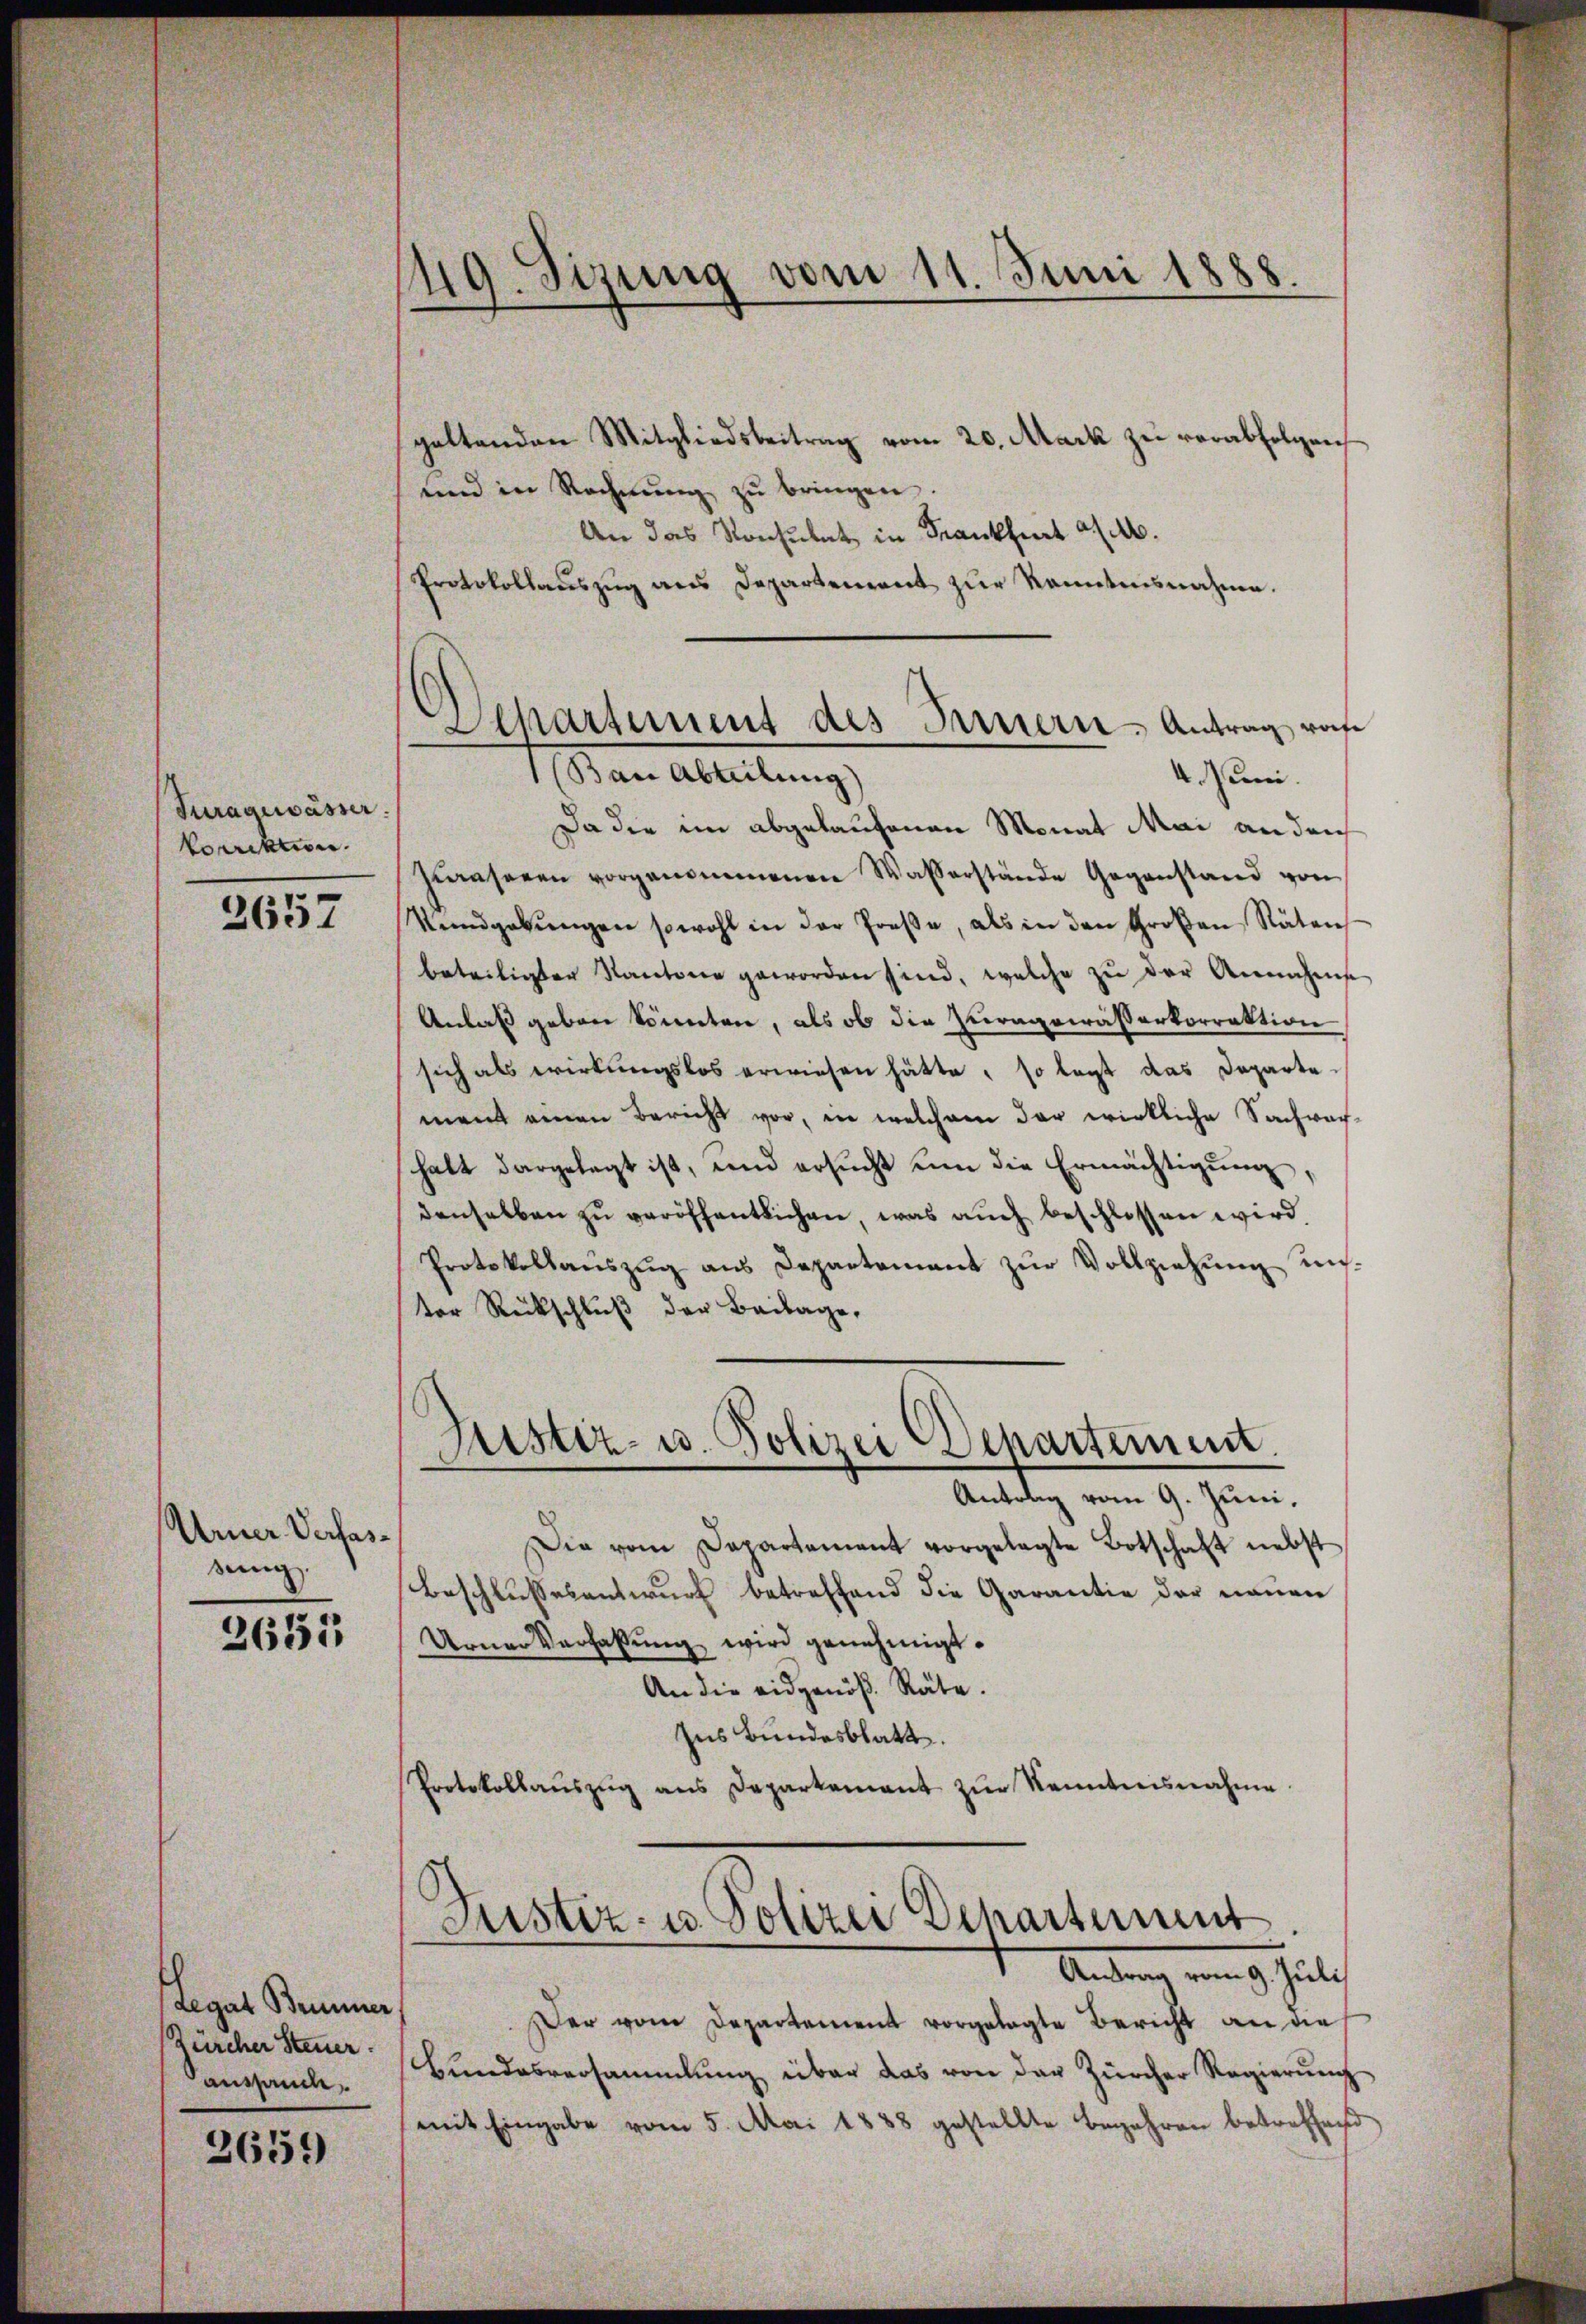
Turagewässer.
korrektion.

3657

Urner Verfasseng.

2651

Legat Brunner,
Zürcher Steuer.
aushande,

2659

419. Sizung vom 11. Juni 1888.

galtenden Mitgliedsbeitrag vom 20. Mark zu verabfolgen
und in Rechnŭng zŭ bringen.
An das Konsulat in Frankfurt a/M.
Protokollauszug aus Departement zur Kenntnisnahme.
Da die im abgelaufenen Monat Mai an den
hiarasenen vorgenommenen Wasserstände Gegenstand von
Vendgabŭngen sowohl in der Treβe, als in den Großen Räten
beteiligten Kantone geworden sind, welche zŭ der Annahme
Anlaß geben könnten, als ob die Zuragewässerkorrektion
sich als wirkungslos erwiesen hätte, so legt das Departe
ment einen Bericht vor, in welchem der wirkliche Sachwach-
halt dargelegt ist, und ersŭcht um die Ermächtigŭng,
denselben zŭ veröffentlichen, was auch beschlossen wird,
Protokollaŭszŭg ans Departement zŭr Vollziehung unter Rückschluß der Beilage,
Justiz- u. Polizei Departement.
Antolg vom 9. Juni.
Die vom Departement vorgelegte Botschaft nebst
Beschlussesentwurf betreffend die Garantie der neuen
Urner Verfassung wird genehmigt.
An die eidgenöβ. Räte.
Ins Bundesblatt.
Protokollaŭszŭg ans Departement zŭr Kenntnisnahme

Separtement des Bernern Antrag vonse
(Ban Abteilung)
4. Juni.

Justiz- u. Polizei Schartent
Antrag vom 9. Juli

Der vom Departement vorgelegte Bericht an die
Bundesversammlung über das von der Zürcher Regierŭng
mit Eingabe vom 5. Mai 1888 gestellte Begehren betreffend